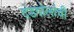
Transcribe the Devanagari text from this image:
दंडगोलांची